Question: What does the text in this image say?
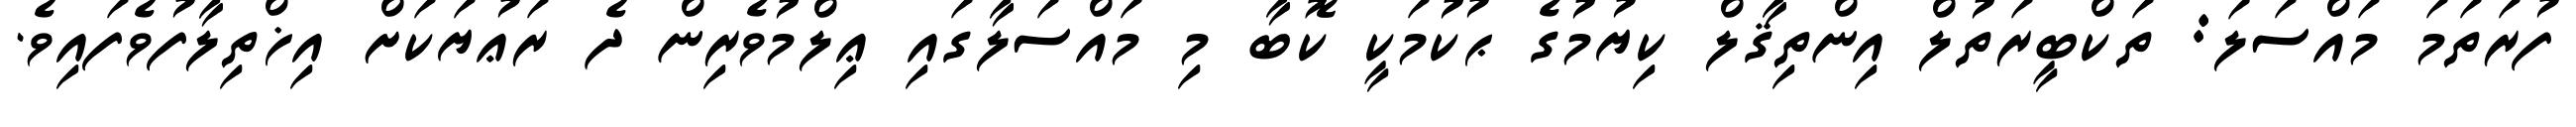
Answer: ފުރަތަމަ މައްސަލަ: ތަކްބީރަތުލް އިންތިޤާލް ކިޔުމުގެ ޙުކުމަކީ ކޮބާ މި މައްސަލާގައި ޢިލްމުވެރިން ދެ ރަޢުޔަކަށް އިޚްތިލާފުވެފައިވެ.